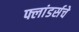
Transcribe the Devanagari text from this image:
फ्लांडर्सचे